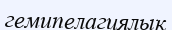
гемипелагиялық